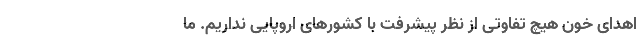
اهدای خون هیچ تفاوتی از نظر پیشرفت با کشورهای اروپایی نداریم. ما